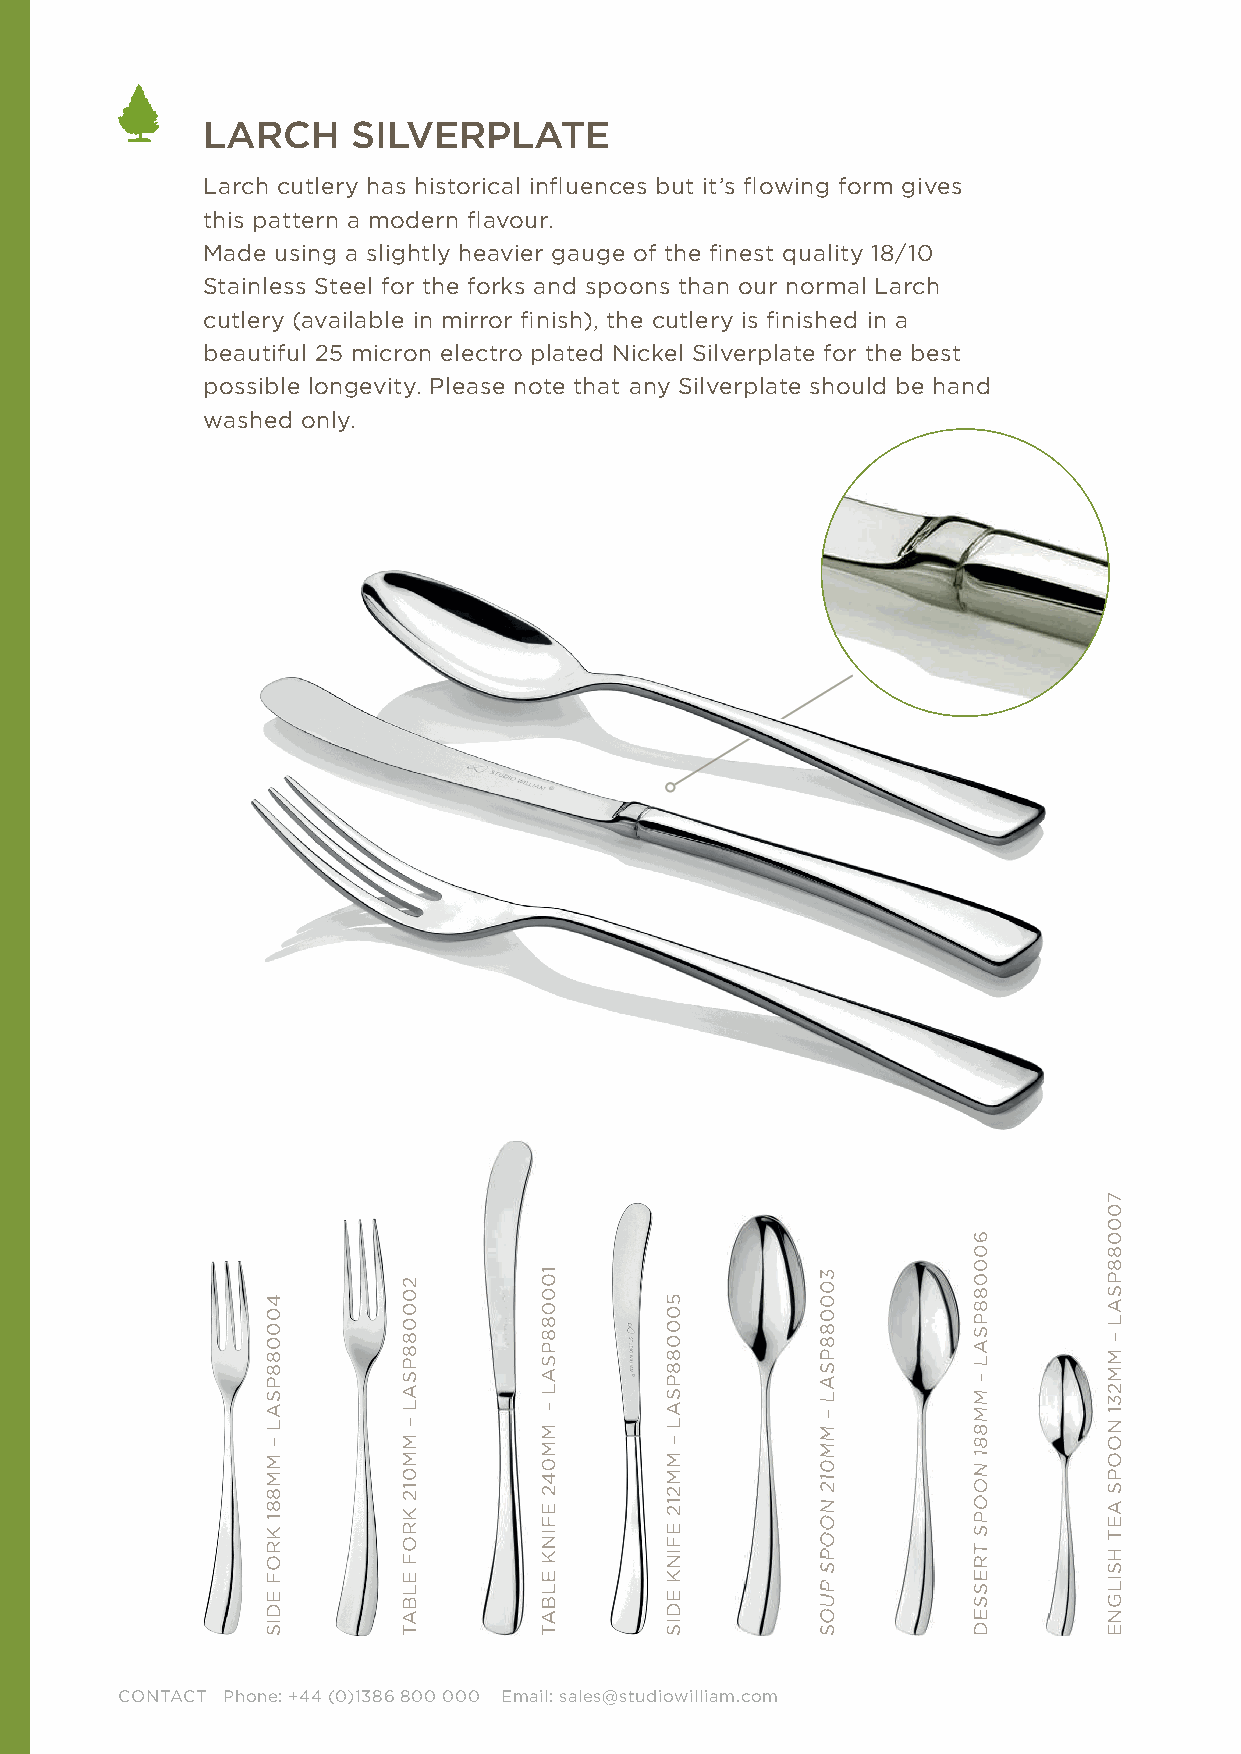
LARCH     SILVERPLATE
 Larch cutlery has historical infl uences but it’s fl owing form gives
 this pattern a modern fl avour.
 Made using a slightly heavier gauge of the fi nest quality 18/10
 Stainless Steel for the forks and spoons than our normal Larch
 cutlery (available in mirror fi nish), the cutlery is fi nished in a
 beautiful 25 micron electro plated Nickel Silverplate for the best
 possible longevity. Please note that any Silverplate should be hand
 washed only.
 CONTACT Phone: +44 (0)1386 800 000 Email: sales@studiowilliam.com
 400088PSAL
 –
 MM881
 KROF
 EDIS
 200088PSAL
 –
 MM012
 KROF
 ELBAT
 100088PSAL
 –
 MM042
 EFINK
 ELBAT
 500088PSAL
 –
 MM212
 EFINK
 EDIS
 330000008888PPSSAALL
 ––
 MMMM001122
 NNOOOOPPSS
 PPUUOOSS
 660000008888PPSSAALL
 ––
 MMMM888811
 NNOOOOPPSS
 TTRREESSSSEEDD
 700088PSAL
 –
 MM231
 NOOPS
 AET
 HSILGNE